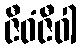
ဇီဝံဇီဝါ